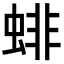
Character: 𧍃